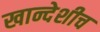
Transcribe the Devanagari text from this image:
खान्देशीच